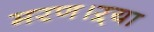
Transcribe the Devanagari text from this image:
मरण।ऱ्या